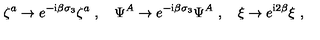
\zeta ^ { a } \rightarrow e ^ { - \mathrm { i } \beta \sigma _ { 3 } } \zeta ^ { a } \ , \quad \Psi ^ { A } \rightarrow e ^ { - \mathrm { i } \beta \sigma _ { 3 } } \Psi ^ { A } \ , \quad \xi \rightarrow e ^ { \mathrm { i } 2 \beta } \xi \ ,